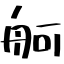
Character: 舸